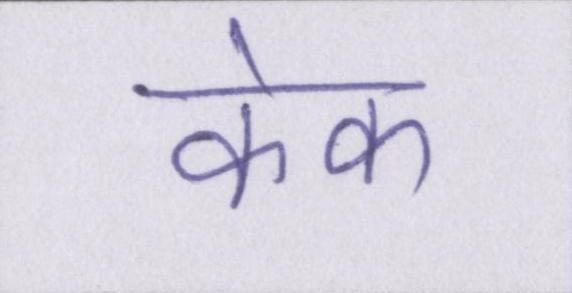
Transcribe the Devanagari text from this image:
केक